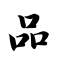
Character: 品